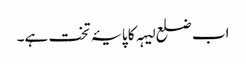
اب ضلع لیہہ کا پایۂ تخت ہے۔